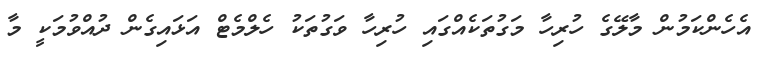
އެހެންކަމުން މާލޭގެ ހުރިހާ މަގުތަކެއްގައި ހުރިހާ ވަގުތަކު ހެލްމެޓް އަޅައިގެން ދުއްވުމަކީ މާ